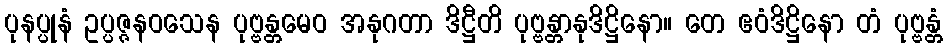
ပုနပ္ပုနံ ဥပ္ပဇ္ဇနဝသေန ပုဗ္ဗန္တမေဝ အနုဂတာ ဒိဋ္ဌီတိ ပုဗ္ဗန္တာနုဒိဋ္ဌိနော။ တေ ဧဝံဒိဋ္ဌိနော တံ ပုဗ္ဗန္တံ